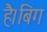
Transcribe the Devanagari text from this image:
है।बिग